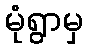
မုံရွာမှ